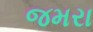
જમરા